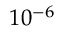
1 0 ^ { - 6 }